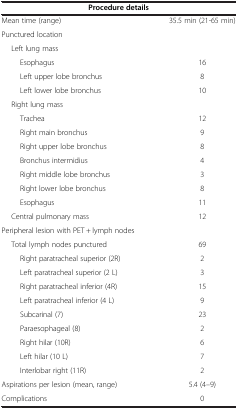
| <COLSPAN=2> Procedure details |
 | --- | --- |
 | Mean time (range) | 35.5 min (21-65 min) |
 | Punctured location |  |
 | Left lung mass |  |
 | Esophagus | 16 |
 | Left upper lobe bronchus | 8 |
 | Left lower lobe bronchus | 10 |
 | Right lung mass |  |
 | Trachea | 12 |
 | Right main bronchus | 9 |
 | Right upper lobe bronchus | 8 |
 | Bronchus intermidius | 4 |
 | Right middle lobe bronchus | 3 |
 | Right lower lobe bronchus | 8 |
 | Esophagus | 11 |
 | Central pulmonary mass | 12 |
 | Peripheral lesion with PET + lymph nodes |  |
 | Total lymph nodes punctured | 69 |
 | Right paratracheal superior (2R) | 2 |
 | Left paratracheal superior (2 L) | 3 |
 | Right paratracheal inferior (4R) | 15 |
 | Left paratracheal inferior (4 L) | 9 |
 | Subcarinal (7) | 23 |
 | Paraesophageal (8) | 2 |
 | Right hilar (10R) | 6 |
 | Left hilar (10 L) | 7 |
 | Interlobar right (11R) | 2 |
 | Aspirations per lesion (mean, range) | 5.4 (4–9) |
 | Complications | 0 |